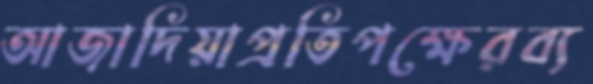
আজাদিয়াপ্রতিপক্ষেরব্য